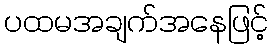
ပထမအချက်အနေဖြင့်